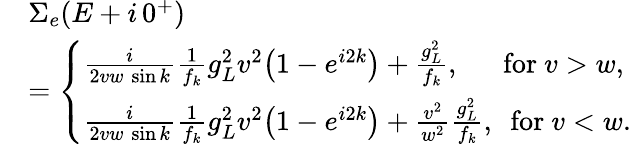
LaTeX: \begin{array}{rl}&{\Sigma_{e}(E+i\, 0^{+})}\\ &{=\left\{ \begin{array}{ll}{\frac{i}{2vw\, \sin{k}}\frac{1}{f_{k}}g_{L}^{2}v^{2}\big(1-e^{i2k}\big)+\frac{g_{L}^{2}}{f_{k}},~~~~~\mathrm{~for~}v>w,}\\ {\frac{i}{2vw\, \sin{k}}\frac{1}{f_{k}}g_{L}^{2}v^{2}\big(1-e^{i2k}\big)+\frac{v^{2}}{w^{2}}\frac{g_{L}^{2}}{f_{k}},~\mathrm{~for~}v<w.}\end{array}\right.}\end{array}